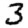
Digit: 3